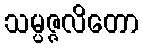
သမ္ပဇ္ဇလိတော